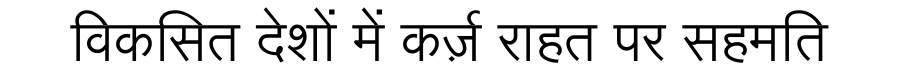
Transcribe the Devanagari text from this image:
विकसित देशों में कर्ज़ राहत पर सहमति